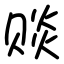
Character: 赕